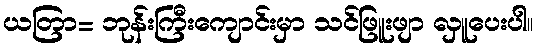
ယတြာ= ဘုန်းကြီးကျောင်းမှာ သင်ဖြူးဖျာ လှူပေးပါ။